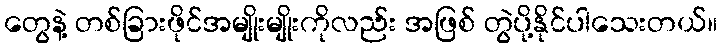
တွေနဲ့ တစ်ခြားဖိုင်အမျိုးမျိုးကိုလည်း အဖြစ် တွဲပို့နိုင်ပါသေးတယ်။